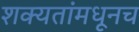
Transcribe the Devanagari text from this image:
शक्यतांमधूनच